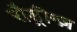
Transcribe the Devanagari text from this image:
रौड्रीग्ज़